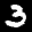
Label: 3